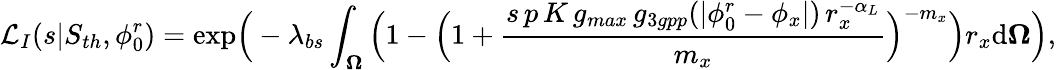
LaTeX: \mathcal{L}_{I}(s|S_{th},\phi_{0}^{r})=\mathrm{{exp}}\Big(-\lambda_{bs}\int_{\mathbf{\Omega}}\Big(1-\Big(1+\frac{s\, p\, K\, g_{max}\, g_{3gpp}(|\phi_{0}^{r}-\phi_{x}|)\, r_{x}^{-\alpha_{L}}}{m_{x}}\Big)^{-m_{x}}\Big)r_{x}\mathrm{d}\mathbf{\Omega}\Big),